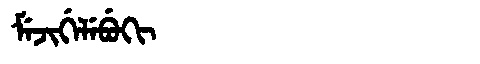
Manchu: ᠮᡝᠵᡳᡤᡝᠯᡝᠪᡠᡴᡳ
Romanization: MEJIGELEBUKI